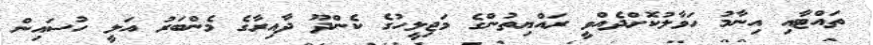
ތައްޓާއި އިނާމު ހަވާލުކޮށްދެއްވީ ރައްޔިތުންގެ މަޖިލީހުގެ ކެންދޫ ދާއިރާގެ މެންބަރު އަލީ ހުސައިން